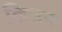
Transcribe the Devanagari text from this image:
किजन